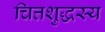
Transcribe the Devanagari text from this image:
चित्तशुद्धस्य